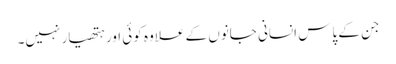
جن کے پاس انسانی جانوں کے علاوہ کوئی اور ہتھیار نہیں۔